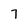
Character: 7